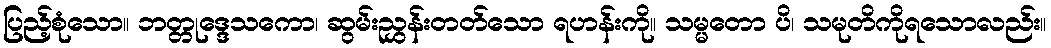
ပြည့်စုံသော။ ဘတ္တုဒ္ဒေသကော၊ ဆွမ်းညွှန်းတတ်သော ရဟန်းကို။ သမ္မတော ပိ၊ သမုတိကိုရသောလည်း။